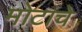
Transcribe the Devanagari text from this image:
मोटांचे